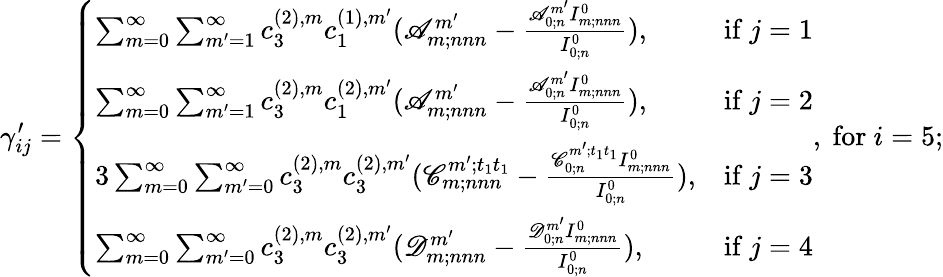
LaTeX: \gamma_{ij}^{\prime}=\left\{ \begin{array}{ll}{\sum_{m=0}^{\infty}\sum_{m^{\prime}=1}^{\infty}c_{3}^{(2),m}c_{1}^{(1),m^{\prime}}(\mathscr{A}_{m;nnn}^{m^{\prime}}-\frac{\mathscr{A}_{0;n}^{m^{\prime}}I_{m;nnn}^{0}}{I_{0;n}^{0}}),}&{\mathrm{if~}j=1}\\ {\sum_{m=0}^{\infty}\sum_{m^{\prime}=1}^{\infty}c_{3}^{(2),m}c_{1}^{(2),m^{\prime}}(\mathscr{A}_{m;nnn}^{m^{\prime}}-\frac{\mathscr{A}_{0;n}^{m^{\prime}}I_{m;nnn}^{0}}{I_{0;n}^{0}}),}&{\mathrm{if~}j=2}\\ {3\sum_{m=0}^{\infty}\sum_{m^{\prime}=0}^{\infty}c_{3}^{(2),m}c_{3}^{(2),m^{\prime}}(\mathscr{C}_{m;nnn}^{m^{\prime};t_{1}t_{1}}-\frac{\mathscr{C}_{0;n}^{m^{\prime};t_{1}t_{1}}I_{m;nnn}^{0}}{I_{0;n}^{0}}),}&{\mathrm{if~}j=3}\\ {\sum_{m=0}^{\infty}\sum_{m^{\prime}=0}^{\infty}c_{3}^{(2),m}c_{3}^{(2),m^{\prime}}(\mathscr{D}_{m;nnn}^{m^{\prime}}-\frac{\mathscr{D}_{0;n}^{m^{\prime}}I_{m;nnn}^{0}}{I_{0;n}^{0}}),}&{\mathrm{if~}j=4}\end{array}\right.,\mathrm{~for~}i=5;